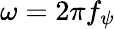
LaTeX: \omega=2\pi f_{\psi}